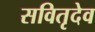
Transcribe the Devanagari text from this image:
सवितृदेव